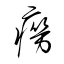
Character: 癆